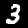
Label: 3